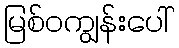
မြစ်ဝကျွန်းပေါ်